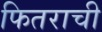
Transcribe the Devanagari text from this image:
फितराची